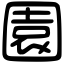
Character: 園